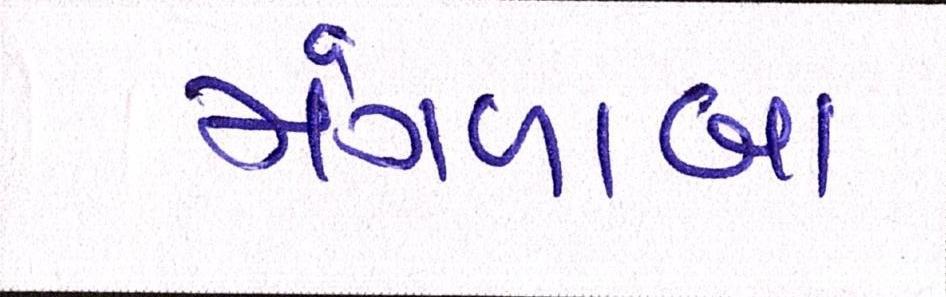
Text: મંગળાબા